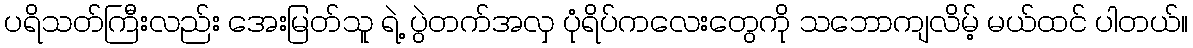
ပရိသတ်ကြီးလည်း အေးမြတ်သူ ရဲ့ ပွဲတက်အလှ ပုံရိပ်ကလေးတွေကို သဘောကျလိမ့် မယ်ထင် ပါတယ်။